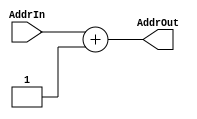
module SeqAddrAdder(AddrIn,AddrOut);
  input[31:0] AddrIn;   //from PC
  output[31:0] AddrOut; //to AddrMUX,DataMUX
  assign AddrOut=AddrIn+1;
endmodule